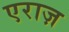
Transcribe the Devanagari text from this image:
एराज़